Civil Veterinary Department. United Provinces 1912-22 - 1912-1922
Year: 1912
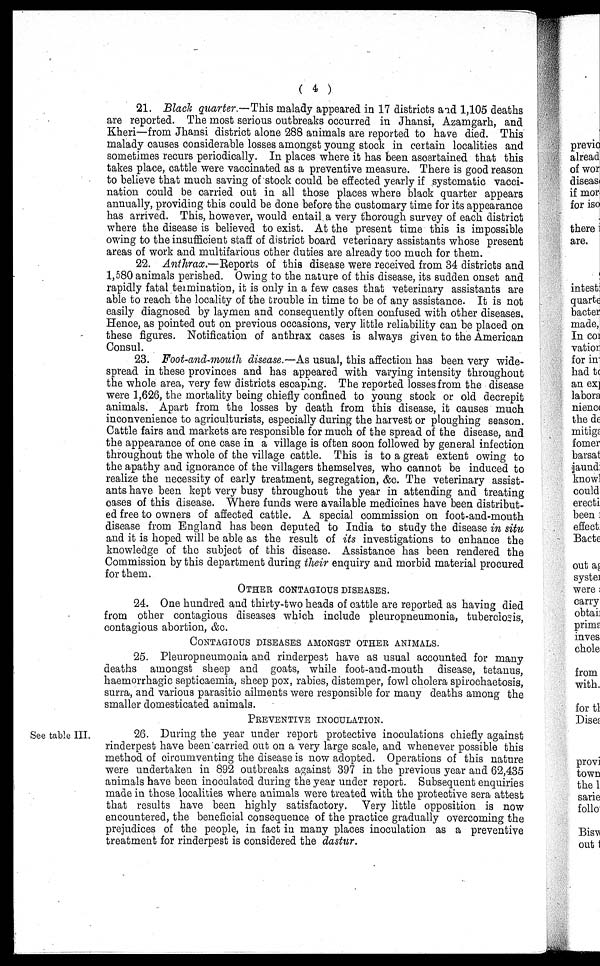
( 4 )
21. Black quarter.—This malady appeared in 17 districts and 1,105 deaths
are reported. The most serious outbreaks occurred in Jhansi, Azamgarh, and
Kheri—from Jhansi district alone 288 animals are reported to have died. This
malady causes considerable losses amongst young stock in certain localities and
sometimes recurs periodically. In places where it has been ascertained that this
takes place, cattle were vaccinated as a preventive measure. There is good reason
to believe that much saving of stock could be effected yearly if systematic vacci-
nation could be carried out in all those places where black quarter appears
annually, providing this could be done before the customary time for its appearance
has arrived. This, however, would entail a very thorough survey of each district
where the disease is believed to exist. At the present time this is impossible
owing to the insufficient staff of district board veterinary assistants whose present
areas of work and multifarious other duties are already too much for them.
22. Anthrax.—Reports
of this disease were received from 34 districts and
1,580 animals perished. Owing to the nature of this disease, its sudden onset and
rapidly fatal termination, it is only in a few cases that veterinary assistants are
able to reach the locality of the trouble in time to be of any assistance. It is not
easily diagnosed by laymen and consequently often confused with other diseases.
Hence, as pointed out on previous occasions, very little reliability can be placed on
these figures. Notification of anthrax cases is always given to the American
Consul.
23. Foot-and-mouth disease.—As usual, this affection has been very wide-
spread in these provinces and has appeared with varying intensity throughout
the whole area, very few districts escaping. The reported losses from the disease
were 1,626, the mortality being chiefly confined to young stock or old decrepit
animals. Apart from the losses by death from this disease, it causes much
inconvenience to agriculturists, especially during the harvest or ploughing season.
Cattle fairs and markets are responsible for much of the spread of the disease, and
the appearance of one case in a village is often soon followed by general infection
throughout the whole of the village cattle. This is to a great extent owing to
the apathy and ignorance of the villagers themselves, who cannot be induced to
realize the necessity of early treatment, segregation, &c. The veterinary assist-
ants have been kept very busy throughout the year in attending and treating
cases of this disease. Where funds were available medicines have been distribut-
ed free to owners of affected cattle. A special commission on foot-and-mouth
disease from England has been deputed to India to study the disease in situ
and it is hoped will be able as the result of its investigations to enhance the
knowledge of the subject of this disease. Assistance has been rendered the
Commission by this department during their enquiry and morbid material procured
for them.
OTHER CONTAGIOUS DISEASES.
24. One hundred and thirty-two heads of cattle are reported as having died
from other contagious diseases which include pleuropneumonia, tuberclosis,
contagious abortion, &c.
CONTAGIOUS DISEASES AMONGST OTHER ANIMALS.
25. Pleuropneumonia and rinderpest have as usual accounted for many
deaths amongst sheep and goats, while foot-and-mouth disease, tetanus,
haemorrhagic septicaemia, sheep pox, rabies, distemper, fowl cholera spirochaetosis,
surra, and various parasitic ailments were responsible for many deaths among the
smaller domesticated animals.
PREVENTIVE INOCULATION.
See table III. 26. During the year under report protective inoculations chiefly against
rinderpest have been carried out on a very large scale, and whenever possible this
method of circumventing the disease is now adopted. Operations of this nature
were undertaken in 892 outbreaks against 397 in the previous year and 62,435
animals have been inoculated during the year under report. Subsequent enquiries
made in those localities where animals were treated with the protective sera attest
that results have been highly satisfactory. Very little opposition is now
encountered, the beneficial consequence of the practice gradually overcoming the
prejudices of the people, in fact in many places inoculation as a preventive
treatment for rinderpest is considered the dastur.